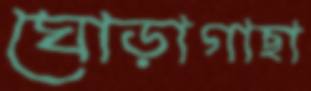
ঘোড়াগাছা